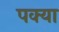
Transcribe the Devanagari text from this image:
पक्या